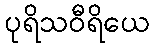
ပုရိသဝီရိယေ